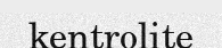
kentrolite